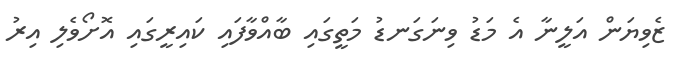
ޒެވިޔަން އަލީނާ އެ މަޑު ވިނަގަނޑު މަތީގައި ބާއްވާފައި ކައިރީގައި އޮށޯވެލި އިރު